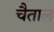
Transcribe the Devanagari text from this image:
चैताल